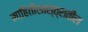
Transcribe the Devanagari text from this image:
माहितीशास्त्रातील